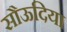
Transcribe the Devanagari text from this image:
सौऊदिया